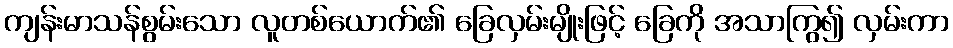
ကျန်းမာသန်စွမ်းသော လူတစ်ယောက်၏ ခြေလှမ်းမျိုးဖြင့် ခြေကို အသာကြွ၍ လှမ်းကာ